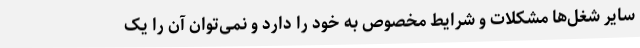
سایر شغل‌ها مشکلات و شرایط مخصوص به خود را دارد و نمی‌توان آن را یک